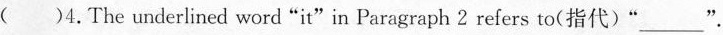
( )4.The underlined word "it"in Paragraph 2 refers to(指代)"___".